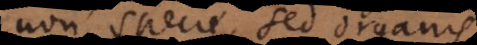
non specie, sed organis